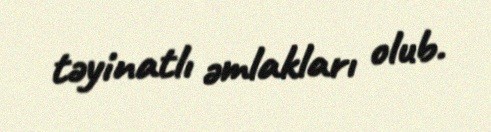
təyinatlı əmlakları olub.